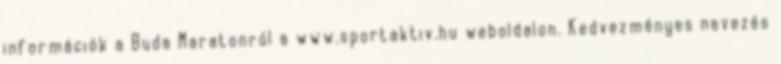
információk a Buda Maratonról a www.sportaktiv.hu weboldalon. Kedvezményes nevezés